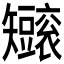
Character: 𥐐